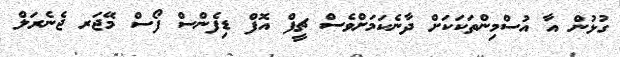
ގުޅުން އާ އުސްމިންތަކަކަށް ދާނެކަމަށްވެސް ޗީފް އޮފް ޑިފެންސް ފޯސް މޭޖަރ ޖެނެރަލް